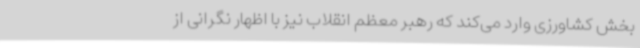
بخش کشاورزی وارد می‌کند که رهبر معظم انقلاب نیز با اظهار نگرانی از